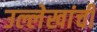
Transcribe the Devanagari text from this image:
उल्लेखांची